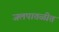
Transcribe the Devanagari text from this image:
जलपातळीत